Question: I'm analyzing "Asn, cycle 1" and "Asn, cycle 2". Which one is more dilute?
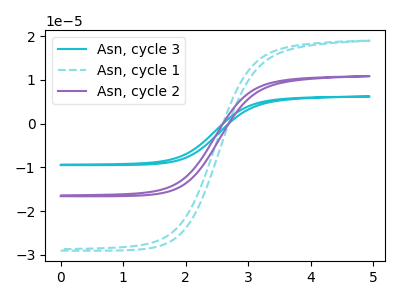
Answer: <think>The cyan curve "Asn, cycle 3" has no peaks. The cyan dashed curve "Asn, cycle 1" has no peaks. The purple curve "Asn, cycle 2" has no peaks.
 Neither "Asn, cycle 1" or "Asn, cycle 2" have any peaks.</think>
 <answer>I cant tell if "Asn, cycle 1" or "Asn, cycle 2" has higher concentration.</answer>
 <eval>mixed_concentration</eval>